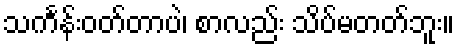
သင်္ကန်းဝတ်တာပဲ၊ စာလည်း သိပ်မတတ်ဘူး။